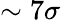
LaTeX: \sim 7\sigma